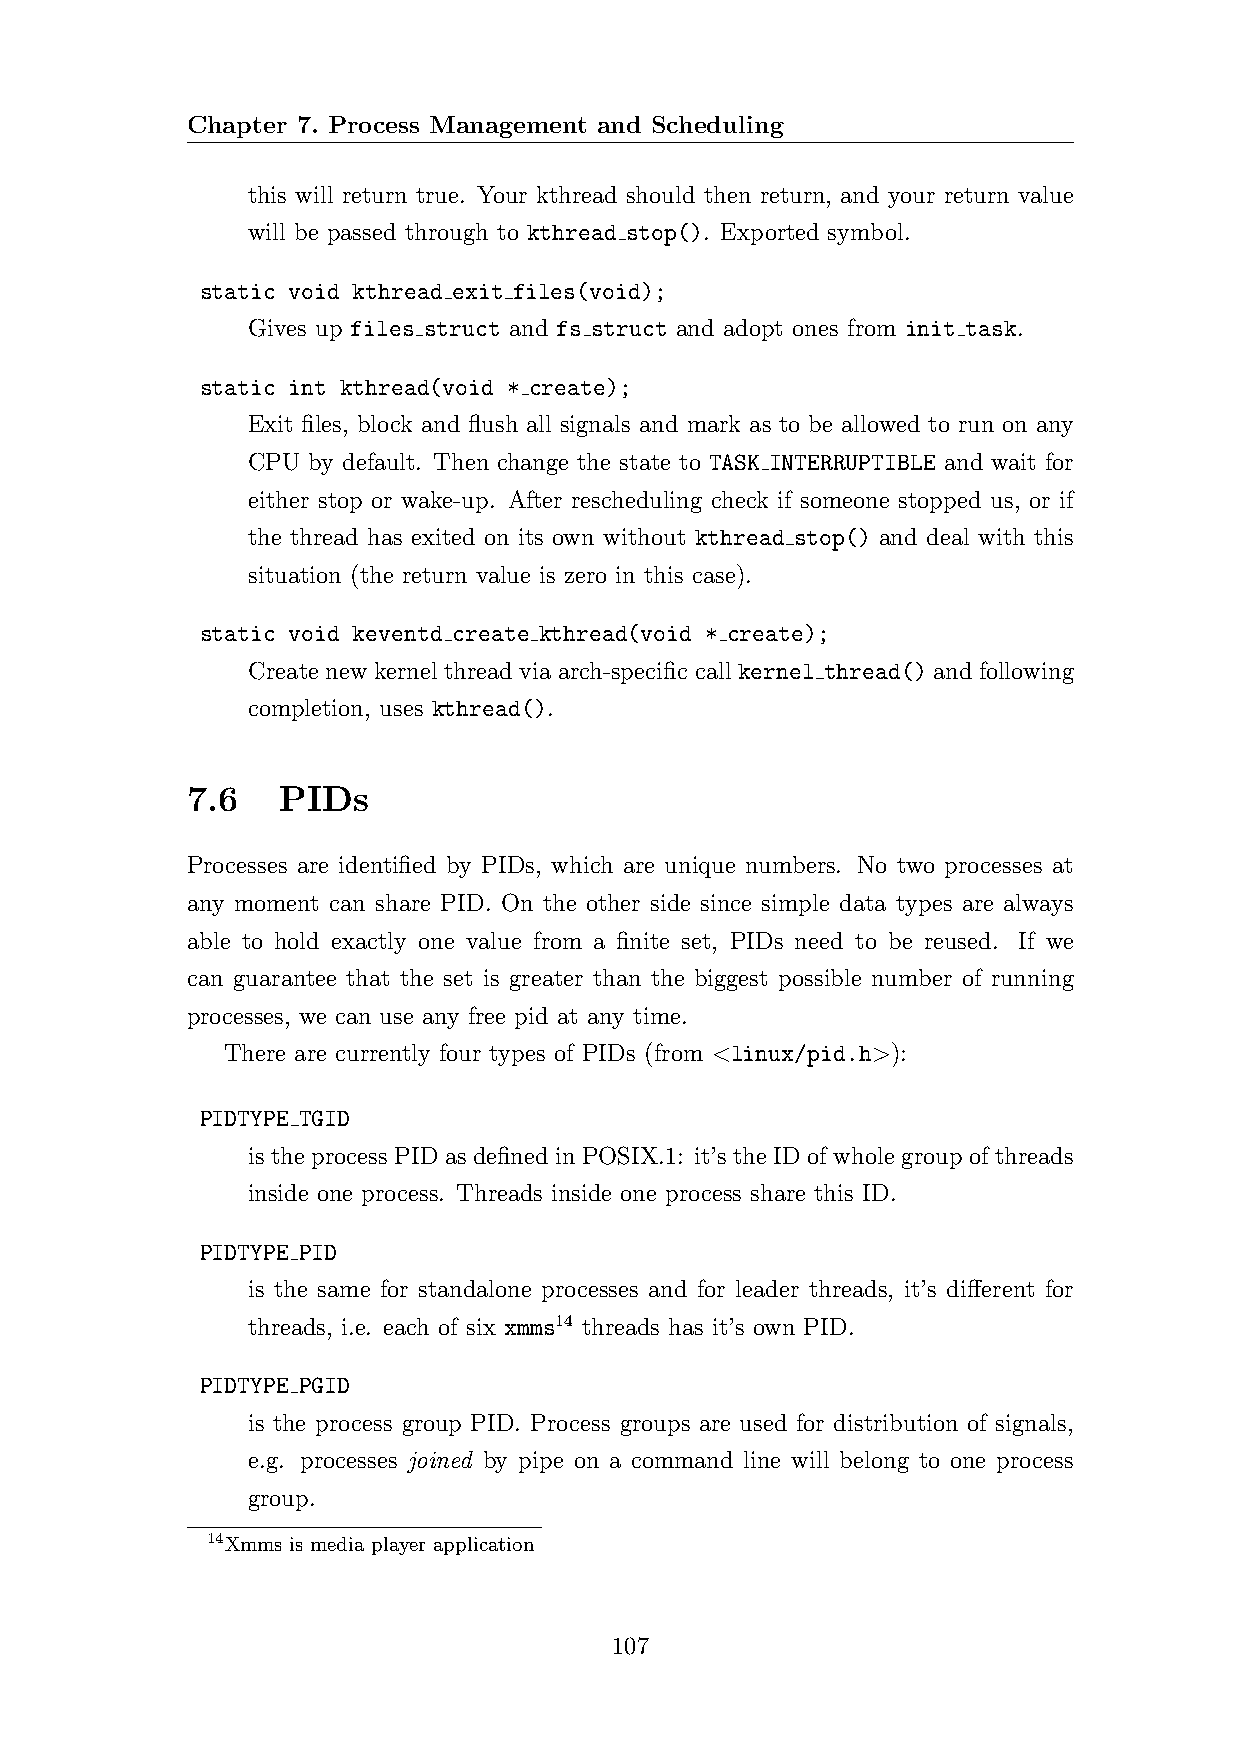
Chapter 7. Process Management and Scheduling
 this will return true. Your kthread should then return, and your return value
 will be passed through to kthread stop(). Exported symbol.
 static void kthread exit files(void);
 Gives up files struct and fs struct and adopt ones from init task.
 static int kthread(void * create);
 Exit files, block and flush all signals and mark as to be allowed to run on any
 CPU by default. Then change the state to TASK INTERRUPTIBLE and wait for
 either stop or wake-up. After rescheduling check if someone stopped us, or if
 the thread has exited on its own without kthread stop() and deal with this
 situation (the return value is zero in this case).
 static void keventd create kthread(void * create);
 Create new kernel thread via arch-specific call kernel thread() and following
 completion, uses kthread().
 7.6   PIDs
 Processes are identified by PIDs, which are unique numbers. No two processes at
 any moment can share PID. On the other side since simple data types are always
 able to hold exactly one value from a finite set, PIDs need to be reused. If we
 can guarantee that the set is greater than the biggest possible number of running
 processes, we can use any free pid at any time.
 There are currently four types of PIDs (from <linux/pid.h>):
 PIDTYPE TGID
 is the process PID as defined in POSIX.1: it’s the ID of whole group of threads
 inside one process. Threads inside one process share this ID.
 PIDTYPE PID
 is the same for standalone processes and for leader threads, it’s different for
 threads, i.e. each of six xmms14 threads has it’s own PID.
 PIDTYPE PGID
 is the process group PID. Process groups are used for distribution of signals,
 e.g. processes joined by pipe on a command line will belong to one process
 group.
 14Xmms is media player application
 107